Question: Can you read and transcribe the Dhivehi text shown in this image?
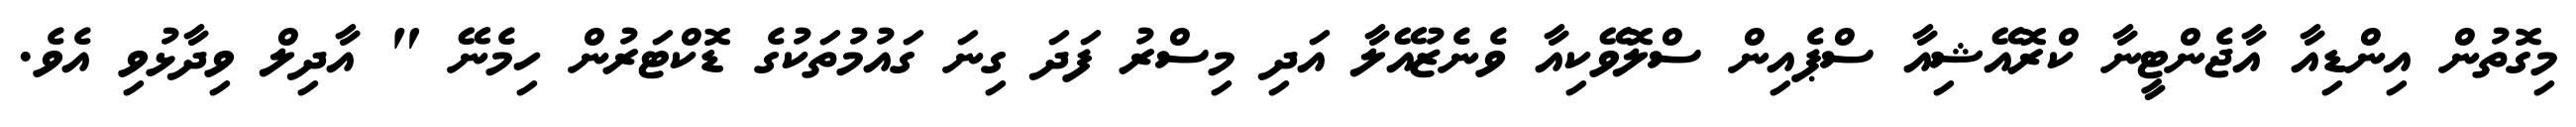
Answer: މިގޮތުން އިންޑިއާ އާޖެންޓީނާ ކްރޮއޭޝިއާ ސްޕެއިން ސްލޮވޭކިއާ ވެނެޒުއޭލާ އަދި މިސްރު ފަދަ ގިނަ ގައުމުތަކުގެ ޑޮކްޓަރުން ހިމެނޭ " އާދިލް ވިދާޅުވި އެވެ.